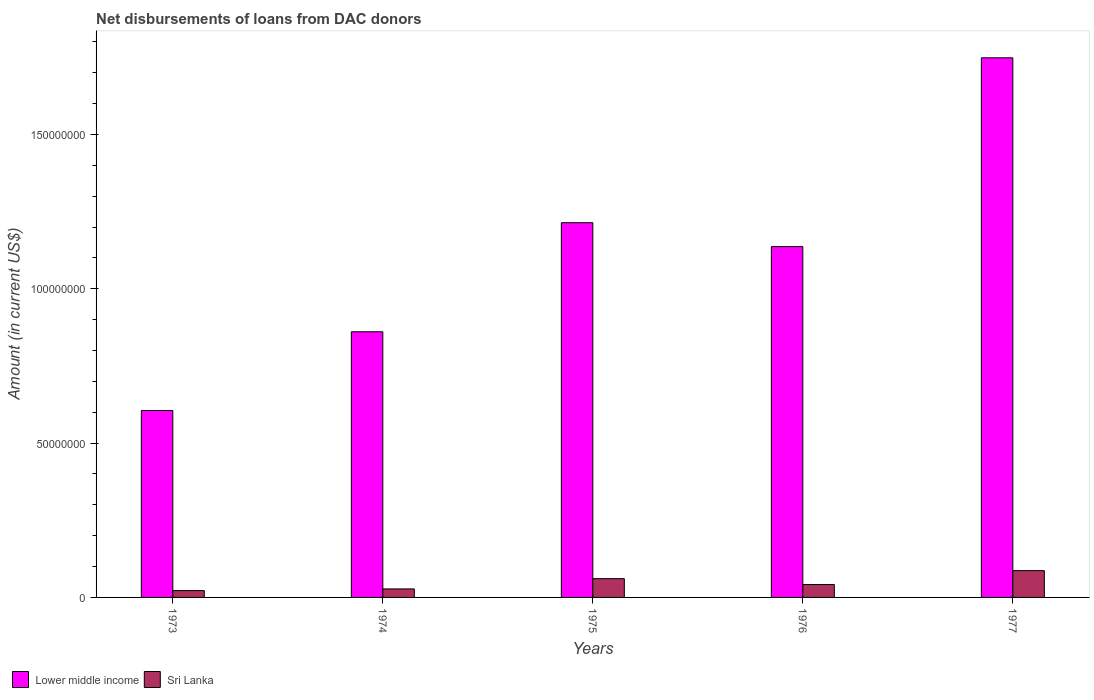
| Years | Lower middle income | Sri Lanka |
 | --- | --- | --- |
 | 1973 | 6.06e+07 | 2.21e+06 |
 | 1974 | 8.61e+07 | 2.76e+06 |
 | 1975 | 1.21e+08 | 6.08e+06 |
 | 1976 | 1.14e+08 | 4.18e+06 |
 | 1977 | 1.75e+08 | 8.68e+06 |